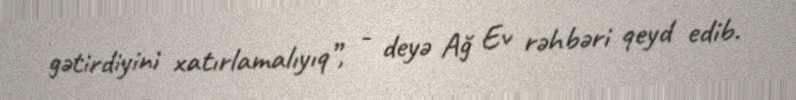
gətirdiyini xatırlamalıyıq”, - deyə Ağ Ev rəhbəri qeyd edib.